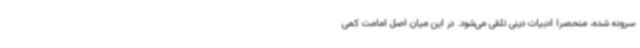
سروده شده، منحصرا ادبیات دینی تلقی می‌شود. در این میان اصل امامت کمی